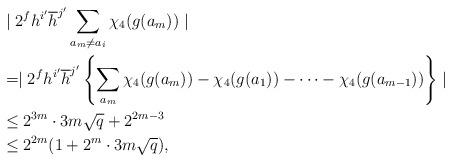
LaTeX: \begin{align*}&\mid 2^f h^{i'}\overline{h}^{j'}\sum\limits_{a_m\neq a_i}\chi_4(g(a_m))\mid\\&=\mid 2^fh^{i'}\overline{h}^{j'}\left\lbrace \sum\limits_{a_m}\chi_4(g(a_m))-\chi_4(g(a_1))-\cdots-\chi_4(g(a_{m-1})) \right\rbrace \mid\\&\leq 2^{3m}\cdot 3m\sqrt{q}+2^{2m-3}\\ &\leq 2^{2m}(1+2^m\cdot 3m\sqrt{q}),\end{align*}